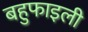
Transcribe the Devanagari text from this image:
बहुफाइली